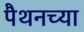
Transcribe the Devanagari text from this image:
पैथनच्या